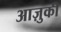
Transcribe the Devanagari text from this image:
आज़ुकी